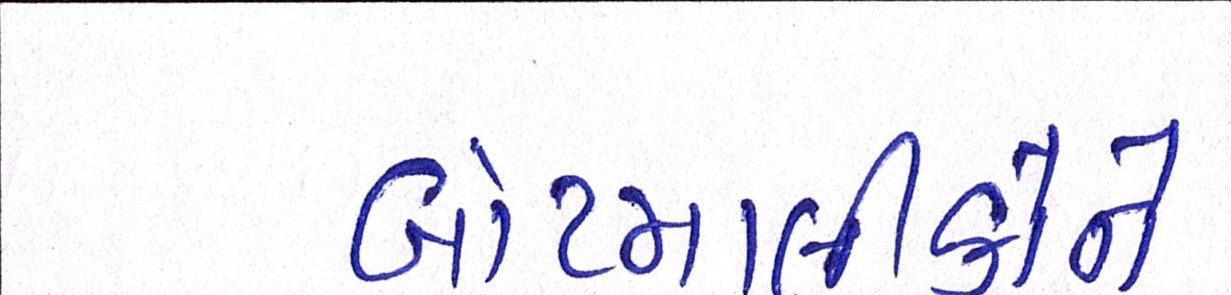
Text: બોટમાલીકોને